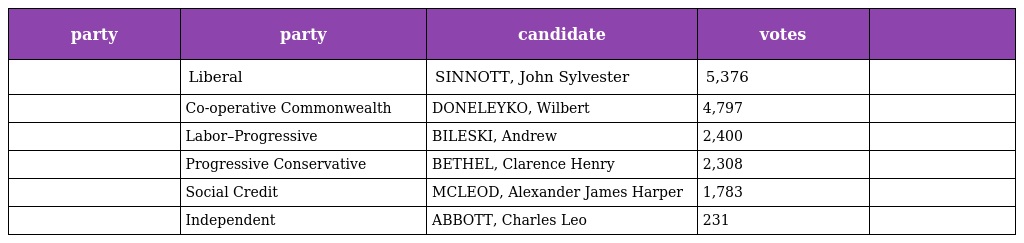
| party | party | candidate | votes |  |
 | --- | --- | --- | --- | --- |
 |  | Liberal | SINNOTT, John Sylvester | 5,376 |  |
 |  | Co-operative Commonwealth | DONELEYKO, Wilbert | 4,797 |  |
 |  | Labor–Progressive | BILESKI, Andrew | 2,400 |  |
 |  | Progressive Conservative | BETHEL, Clarence Henry | 2,308 |  |
 |  | Social Credit | MCLEOD, Alexander James Harper | 1,783 |  |
 |  | Independent | ABBOTT, Charles Leo | 231 |  |